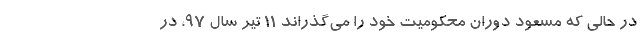
در حالی که مسعود دوران محکومیت خود را می‌گذراند ۱۱ تیر سال ۹۷، در